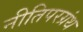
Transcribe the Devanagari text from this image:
नीतिपरग्रंथ